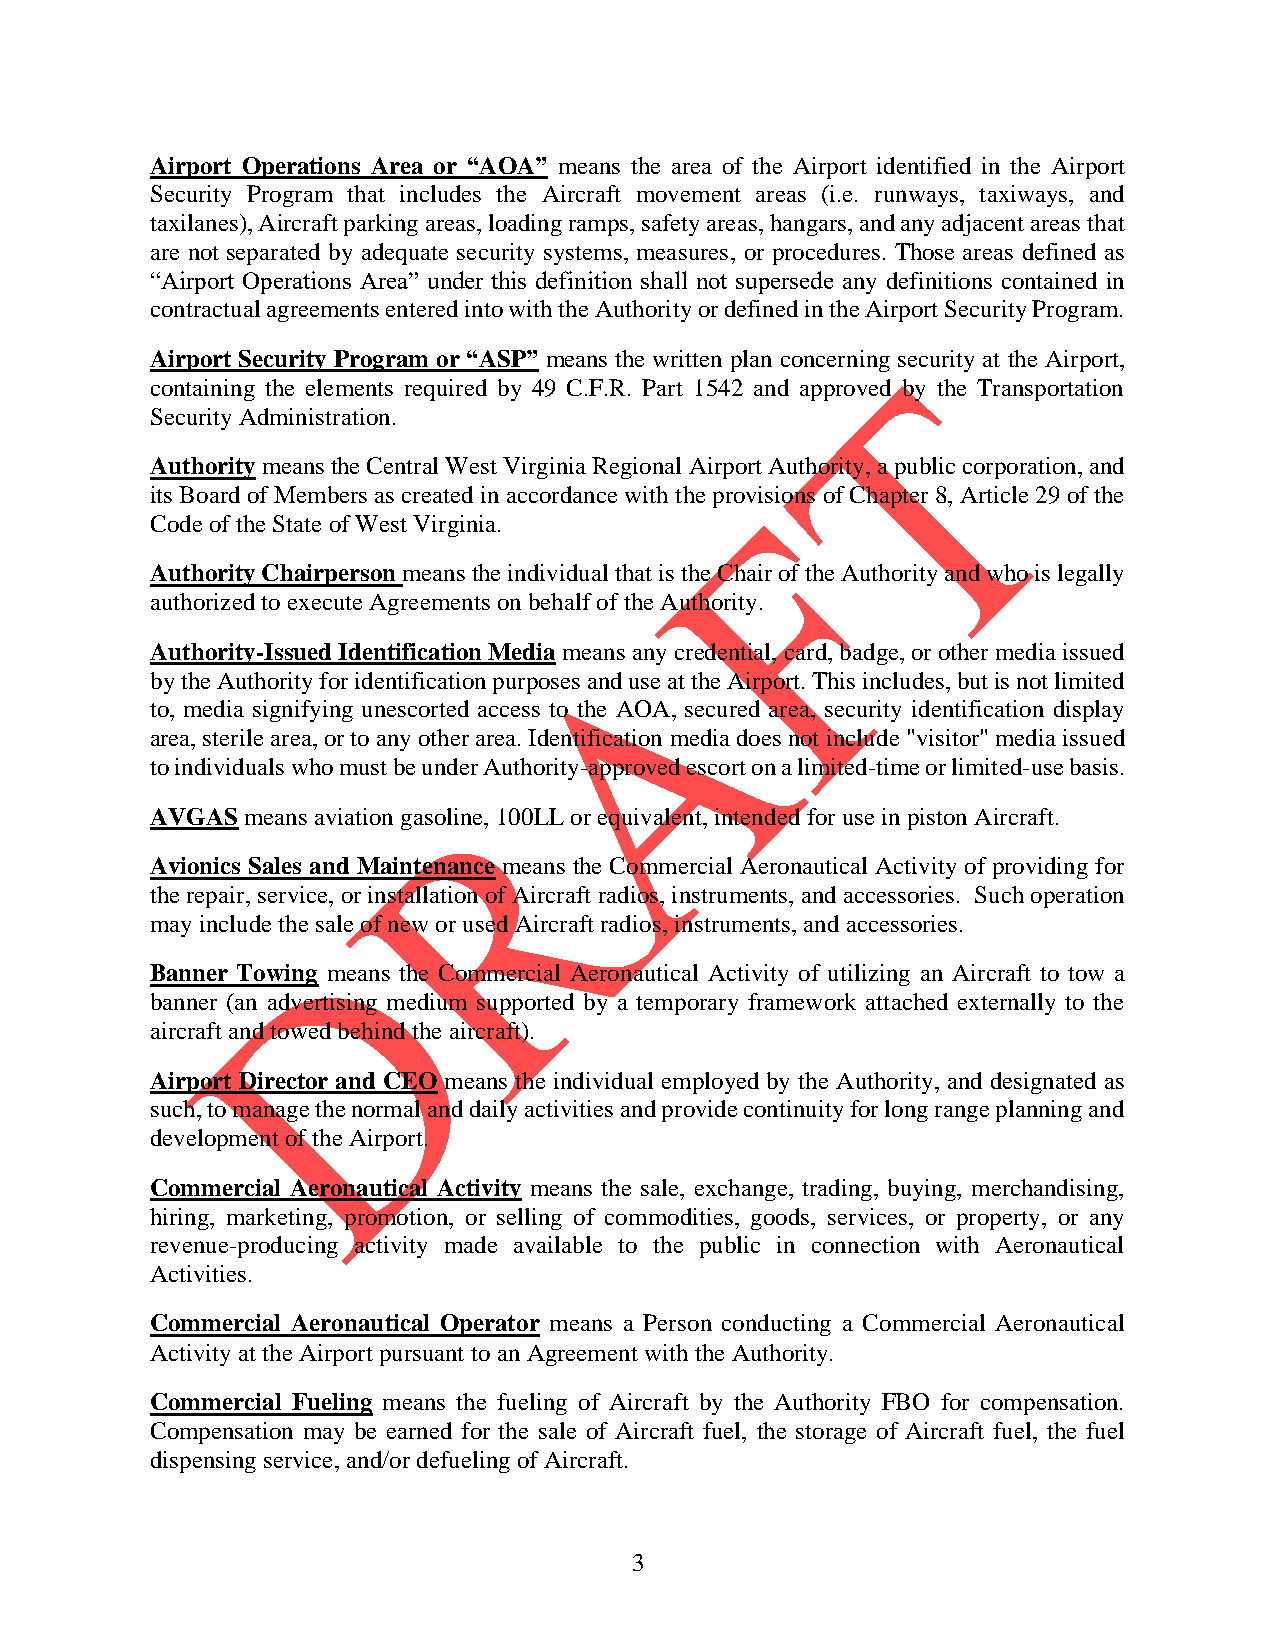
Airport Operations Area or “AOA” means the area of the Airport identified in the Airport
 Security Program that includes the Aircraft movement areas (i.e. runways, taxiways, and
 taxilanes), Aircraft parking areas, loading ramps, safety areas, hangars, and any adjacent areas that
 are not separated by adequate security systems, measures, or procedures. Those areas defined as
 “Airport Operations Area” under this definition shall not supersede any definitions contained in
 contractual agreements entered into with the Authority or defined in the Airport Security Program.
 Airport Security Program or “ASP” means the written plan concerning security at the Airport,
 containing the elements required by 49 C.F.R. Part 1542 and approved by the Transportation
 Security Administration.
 Authority means the Central West Virginia Regional Airport Authority, a public corporation, and
 its Board of Members as created in accordance with the provisions of Chapter 8, Article 29 of the
 Code of the State of West Virginia.
 Authority Chairperson means the individual that is the Chair of the Authority and who is legally
 authorized to execute Agreements on behalf of the Authority.
 Authority-Issued Identification Media means any credential, card, badge, or other media issued
 by the Authority for identification purposes and use at the Airport. This includes, but is not limited
 to, media signifying unescorted access to the AOA, secured area, security identification display
 area, sterile area, or to any other area. Identification media does not include "visitor" media issued
 to individuals who must be under Authority-approved escort on a limited-time or limited-use basis.
 AVGAS means aviation gasoline, 100LL or equivalent, intended for use in piston Aircraft.
 Avionics Sales and Maintenance means the Commercial Aeronautical Activity of providing for
 the repair, service, or installation of Aircraft radios, instruments, and accessories. Such operation
 may include the sale of new or used Aircraft radios, instruments, and accessories.
 Banner Towing means the Commercial Aeronautical Activity of utilizing an Aircraft to tow a
 banner (an advertising medium supported by a temporary framework attached externally to the
 aircraft and towed behind the aircraft).
 Airport Director and CEO means the individual employed by the Authority, and designated as
 such, to manage the normal and daily activities and provide continuity for long range planning and
 development of the Airport.
 Commercial Aeronautical Activity means the sale, exchange, trading, buying, merchandising,
 hiring, marketing, promotion, or selling of commodities, goods, services, or property, or any
 revenue-producing activity made available to the public in connection with Aeronautical
 Activities.
 Commercial Aeronautical Operator means a Person conducting a Commercial Aeronautical
 Activity at the Airport pursuant to an Agreement with the Authority.
 Commercial Fueling means the fueling of Aircraft by the Authority FBO for compensation.
 Compensation may be earned for the sale of Aircraft fuel, the storage of Aircraft fuel, the fuel
 dispensing service, and/or defueling of Aircraft.
 3